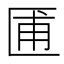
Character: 𫧓